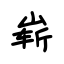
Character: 崭